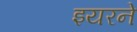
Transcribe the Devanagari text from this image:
इयरने